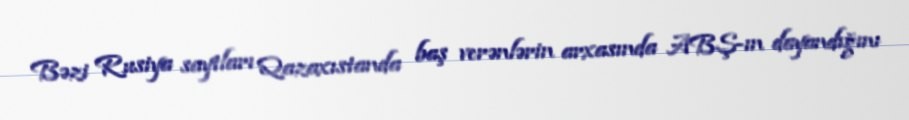
Bəzi Rusiya saytları Qazaxıstanda baş verənlərin arxasında ABŞ-ın dayandığını